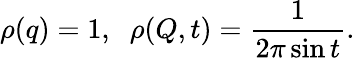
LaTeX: \rho(q)=1,\; \; \rho(Q,t)={\frac{1}{2\pi\sin t}}.